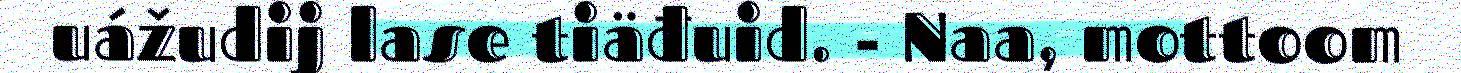
uážudij lase tiäđuid. - Naa, mottoom